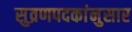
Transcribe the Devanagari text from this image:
सुव्रणपदकांनुसार